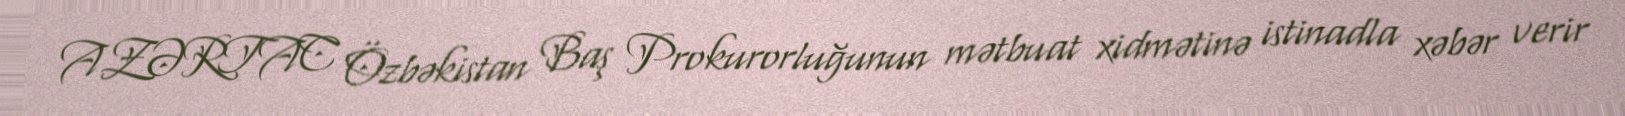
AZƏRTAC Özbəkistan Baş Prokurorluğunun mətbuat xidmətinə istinadla xəbər verir